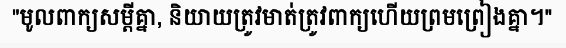
"មូលពាក្យសម្តីគ្នា, និយាយត្រូវមាត់ត្រូវពាក្យហើយព្រមព្រៀងគ្នា។"